Medical and sanitary report of the native army of Bengal for the year
Year: 1874
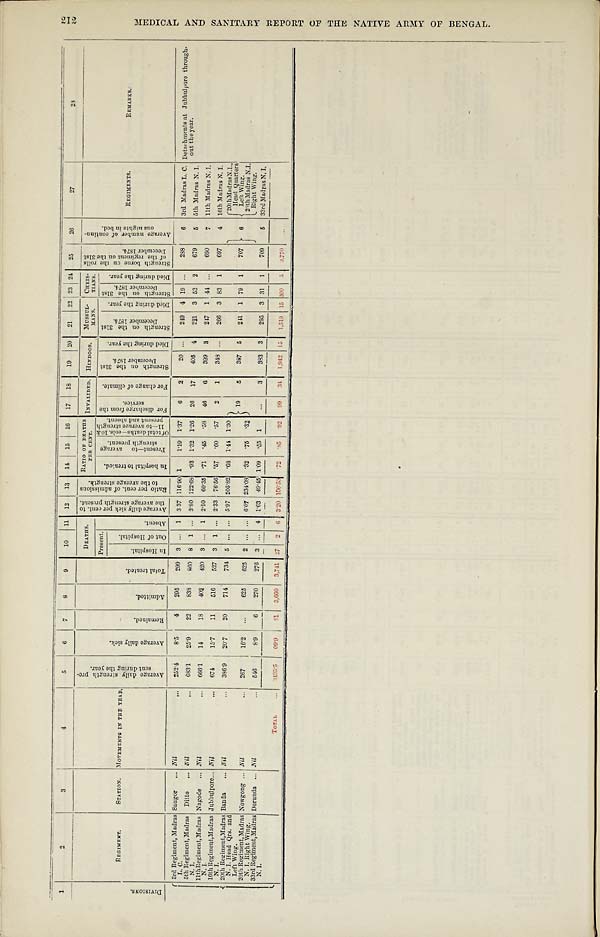
1
2
3
4
5
6
7
8
9
10 11 12 13 14 15 16 17 18
19 20 21 22 23 21 25
26
27
28
D I V I S I O N S .
R E G I M E N T .
STATION. MOVEMENT IN THE YEAR.
A v e r a g e d a i l y s t r e n g t h p e r - c e n t d u r i n g t h e y e a r .
A v e r a g e d a i l y s i c k .
R e m a i n d e d .
A d m i t t e d .
T o t a l t r e a t e d .
DEATHS.
A v e r a g e d a i l y s i c k p e r c e n t . t o t h e a v e r a g e s t r e n g t h p r e s e n t . R a t i o p e r c e n t . o f a d m i s s i o n s t o t h e a v e r a g e s t r e n g t h . RATIO OF DEATHS PER CENT. I N V A L I D E D .
HONDOOS.
MUSSULMANS.
C H R I S - T I A N S . S t r e n g t h b o r n e o n t h e r o l l s o f t h e r e g i m e n t o n t h e 3 1 s t D e c e m b e r 1 8 7 4 .
A v e r a g e n u m b e r o f c o n t i n u - o u s n i g h t s i n b e d .
R E G I M E N T S .
R E M A R K S .
Present.
A b s e n t .
I n h o s p i t a l t o t r e a t e d . P r e s e n t — t o a v e r a g e s t r e n g t h p r e s e n t .
O f t o t a l d e a t h s — c o l s . 1 0 & 1 1 — t o a v e r a g e s t r e n g t h p r e s e n t a n d a b s e n t .
F o r d i s c h a r g e f r o m t h e s e r v i c e .
F o r c h a n g e o f c l i m a t e .
S t r e n g t h o n t h e 3 1 s t D e c e m b e r 1 8 7 4 .
D i e d d u r i n g t h e y e a r .
S t r e n g t h o n t h e 3 1 s t D e c e m b e r 1 8 7 4 .
D i e d d u r i n g t h e y e a r .
S t r e n g t h b o r n e o n t h e r o l l s o f t h e r e g i m e n t o n t h e 3 1 s t D e c e m b e r 1 8 7 4 .
D i e d d u r i n g t h e y e a r .
I n H o s p i t a l .
O u t o f H o s p i t a l .
3rd Regiment, Madras
L. C.
Saugor
Nil
252.4
8.5
4
295
299 3 ... 1
3 . 3 7 116.90 1
1.19 1.37
6
2
20 ...
249 4 19 ...
238
6 3rd Madras L. C.
D e t a c h m e n t s a t J u b b u l p o r e t h r o u g h - o u t t h e y e a r
5th Regiment, Madras
N. I.
Ditto
Nil
683.1 25.9
22
833
860 8 1 ... 3.80 122.68 .93 1.32 1.26 26 17
405 4
221 3 53 2
679
5 5th Madras N. I.
11th Regiment, Madras
N. I.
Nagode
Nil
666.1 14
18
402
420 3 . . . 1 2.10 60.35 .71
. 45 .58 46
6
399 3
247 1 45
. . . 690
7 11th Madras N. I.
16th Regiment, Madras
N. I.
Jubbulpore Nil
674
15.7
11
516 527 3 1 ... 2.33 76.56 .57
. 60 .57
2
1
348 . . . 266 3 83
1
697
4 16th Madras N. I.
20th Regiment, Madras
N. I. Head Qrs. and
Left Wing.
Banda
Nil
386.9 20.7
20
714
731 5 . . . ... 5.97 205.82 .68 1.41 1.30
1
5
387 5
211 1 79 1
707
6
20th MadrasN.I.,
Head Quarters
Left Wing.
29th Madras N. I. Right Wing.
20th Regiment, Madras
N. I. Right Wing.
Nowgong
Nil
267
16.2 ...
625
625 2 . . . ... 6.07 234.08 .32
.75 .32
33rd Regiment, Madras
N. I..
Dorunda
Nil
546
8.9
6
270
276 3 . . . 4 1.63 49.45 1.09 .55 1
. . .
3
383 3
295 3 31 1
709
5
33r d Madr as N. I .
TOTAL
3435. 5
09. 9
8 1 3,660 3,741
2 7 2 6
3 . 2 0
106.53
. 7 2 . 85 92
99
3 4 1,942 1 5 1.519 15 3 0 9
5 3,770
. . .
M E D I C A L A N D S A N I T A R Y R E P O R T O F T H E N A T I V E A R M Y O F B E N G A L .